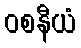
ဝစနီယံ